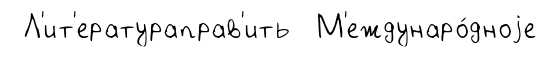
Л'ит'ератураправ'ить М'еждунаро́дноjе